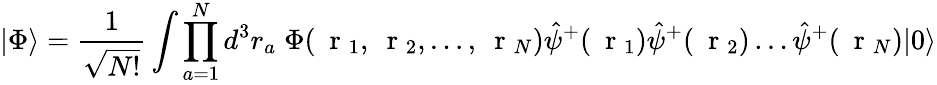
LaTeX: |\Phi\rangle=\frac{1}{\sqrt{N!}}\int\prod_{a=1}^{N}d^{3}r_{a}\; \Phi(\mathrm{~\mathbf~r~}_{1},\mathrm{~\mathbf~r~}_{2},\dots,\mathrm{~\mathbf~r~}_{N})\hat{\psi}^{+}(\mathrm{~\mathbf~r~}_{1})\hat{\psi}^{+}(\mathrm{~\mathbf~r~}_{2})\dots\hat{\psi}^{+}(\mathrm{~\mathbf~r~}_{N})|0\rangle